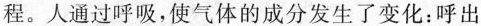
程。人通过呼吸，使气体的成分发生了变化：呼出